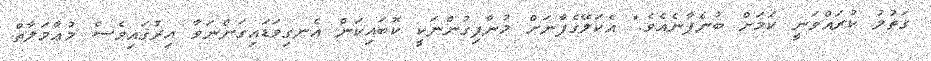
ގަތުލު ކުރައްވަނީ ކަމަށް ބުނެފާނެއެވެ." އެކަލޭގެފާނަށް މުނާފިގުންނަކީ ކޮބައިކަން އެނގިވަޑައިގަންނަވާ އިރުގައިވެސް މުޢާމަލާތް